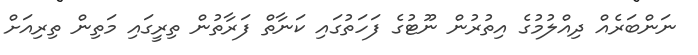
ނަންބަރެއް ދިއްލުމުގެ އިތުރުން ނޫޓުގެ ފަހަތުގައި ކަނާތް ފަރާތުން ތިރީގައި މަތިން ތިރިއަށް